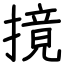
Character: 摬